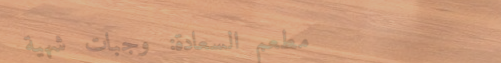
مطعم السعادة: وجبات شهية